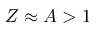
Z \approx A > 1